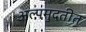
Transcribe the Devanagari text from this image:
अल्पमुदतीत